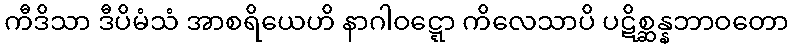
ကီဒိသာ ဒီပိမံသံ အာစရိယေဟိ နာဂါဝဋ္ဋော ကိလေသာပိ ပဋိစ္ဆန္နဘာဝတော